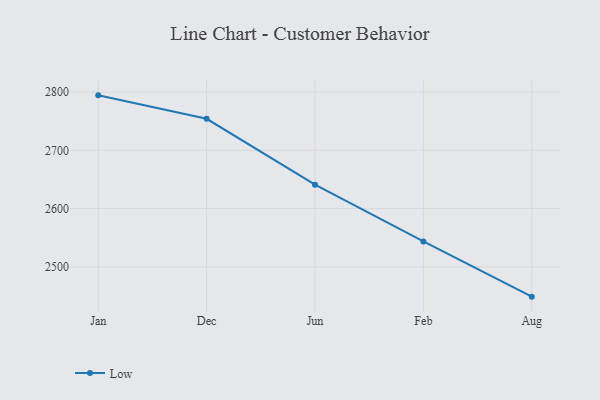
{"axis": {"x": "Month", "y": "Satisfaction Score"}, "legend": ["Low"], "data": [{"x": "Jan", "y": 2794.3, "type": "Low"}, {"x": "Dec", "y": 2754.1, "type": "Low"}, {"x": "Jun", "y": 2641.0, "type": "Low"}, {"x": "Feb", "y": 2543.7, "type": "Low"}, {"x": "Aug", "y": 2448.9, "type": "Low"}]}